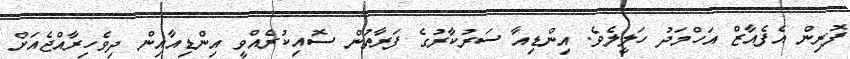
ފޮރިން އެފެއާޒް އަހްމަދު ހަލީލެވެ. އިންޑިއާ ސަރުކާރުގެ ފަރާތުން ސޮއިކުރެއްވީ އިންޑިއާއިން ދިވެހިރާއްޖެއަށް